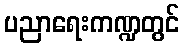
ပညာရေးကဏ္ဍတွင်